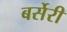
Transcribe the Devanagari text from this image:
बर्सेरी